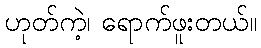
ဟုတ်ကဲ့၊ ရောက်ဖူးတယ်။